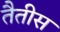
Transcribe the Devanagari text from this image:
तैतीस